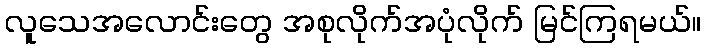
လူသေအလောင်းတွေ အစုလိုက်အပုံလိုက် မြင်ကြရမယ်။